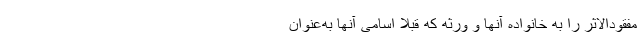
مفقودالاثر را به خانواده آنها و ورثه که قبلا اسامی آنها به‌عنوان